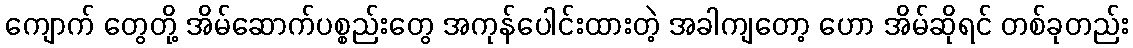
ကျောက် တွေတို့ အိမ်ဆောက်ပစ္စည်းတွေ အကုန်ပေါင်းထားတဲ့ အခါကျတော့ ဟော အိမ်ဆိုရင် တစ်ခုတည်း